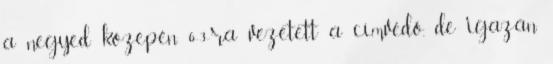
a negyed közepén 6-3-ra vezetett a címvédő, de igazán